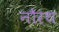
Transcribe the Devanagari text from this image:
नौरथ